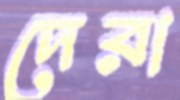
দেরা